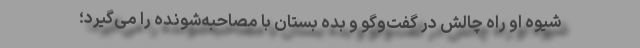
شیوه او راه چالش در گفت‌وگو و بده بستان با مصاحبه‌شونده را می‌گیرد؛